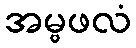
အမ္ဗဖလံ